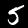
Label: 5